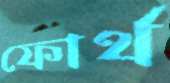
ফোর্থ